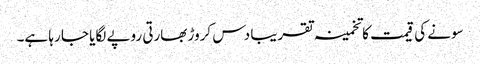
سونے کی قیمت کا تخمینہ تقریبا دس کروڑ بھارتی روپے لگایا جا رہا ہے۔